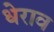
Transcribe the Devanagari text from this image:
धेराव